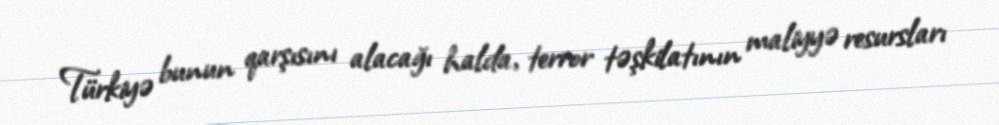
Türkiyə bunun qarşısını alacağı halda, terror təşkilatının maliyyə resursları